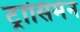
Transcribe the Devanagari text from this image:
ट्रासिमेन